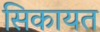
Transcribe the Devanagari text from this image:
सिकायत